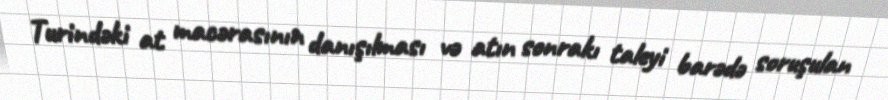
Turindəki at macərasının danışılması və atın sonrakı taleyi barədə soruşulan